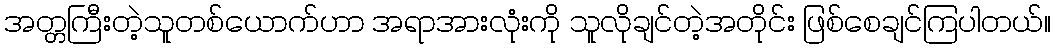
အတ္တကြီးတဲ့သူတစ်ယောက်ဟာ အရာအားလုံးကို သူလိုချင်တဲ့အတိုင်း ဖြစ်စေချင်ကြပါတယ်။